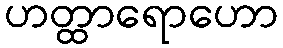
ဟတ္ထာရောဟော